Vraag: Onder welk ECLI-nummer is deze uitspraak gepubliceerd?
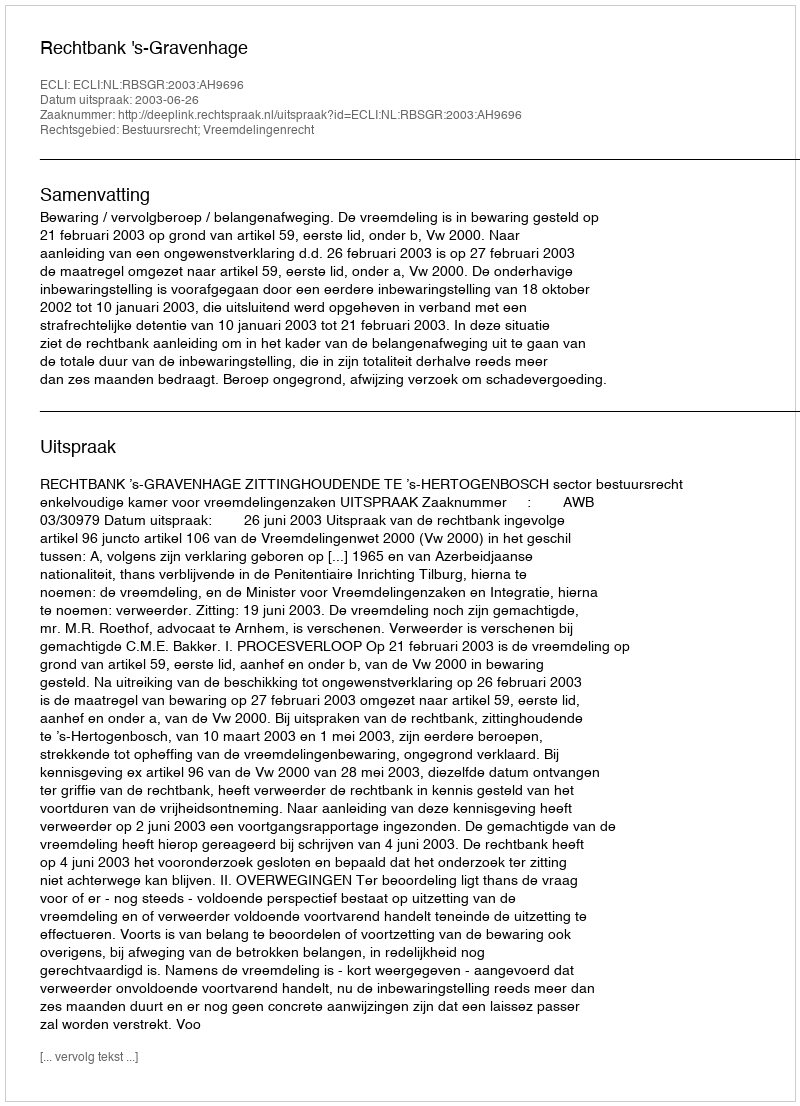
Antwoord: ECLI:NL:RBSGR:2003:AH9696